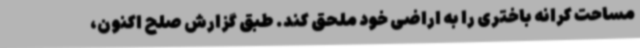
مساحت کرانه باختری را به اراضی خود ملحق کند. طبق گزارش صلح اکنون،